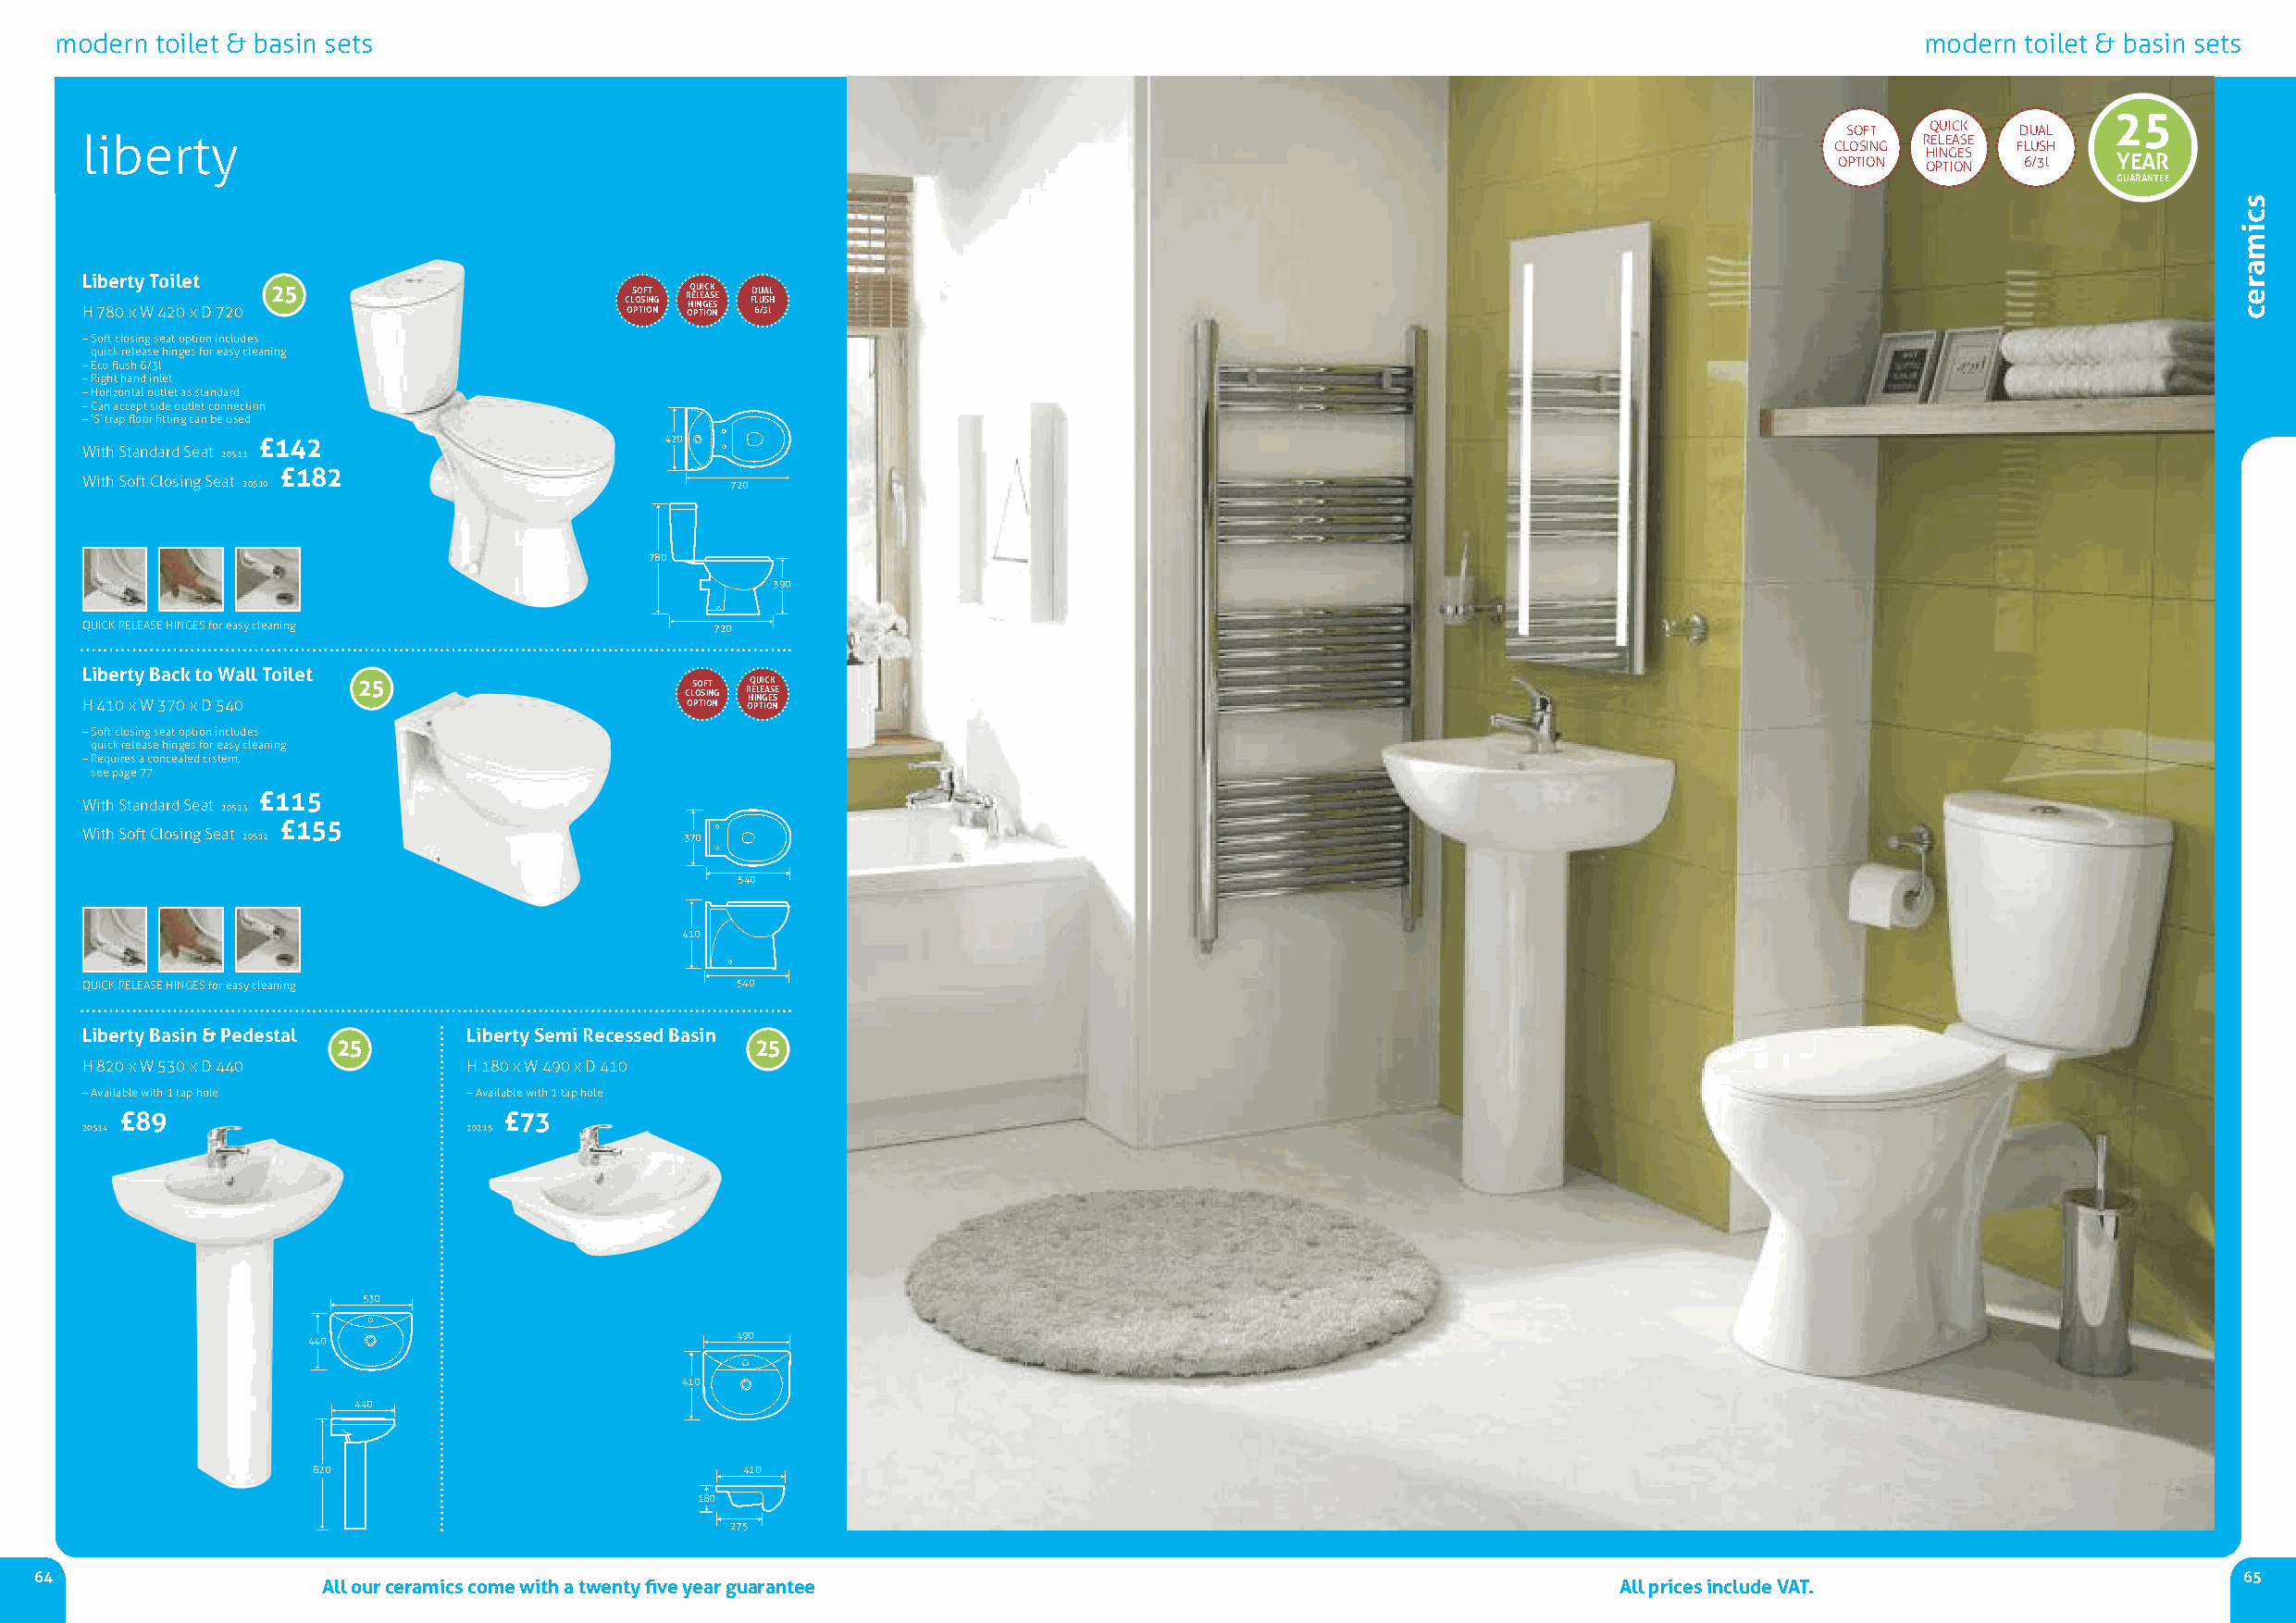
modern toilet & basin sets                                                                                                            modern toilet & basin sets
 25
 SOFT  QUICk DUAl
 liberty                                                                                                                             rElEASE
 ClOSIng      FlUSH
 OPTIOn OHI Pn Tg IOE nS 6/3l YEAR
 GUARANTEE
 Liberty Toilet
 H 780 x W 420 x D 720 25               C OLS POO TS IF I OT N NG R OHQ E PILU N TEI G IC A OEK S NSE FD 6LU U /3A S lL H
 –Soft closing seat option includes
 quick release hinges for easy cleaning
 –Eco flush 6/3l
 –right hand inlet
 –Horizontal outlet as standard
 –Can accept side outlet connection
 –‘S’ trap floor fitting can be used
 £142                          420
 With Standard Seat 20511
 £182
 With Soft Closing Seat 20510                  720
 780
 390
 QUICk rElEASE HIngESfor easy cleaning        720
 Liberty Back to Wall Toilet
 H 410 x W 370 x D 540 25                   C OLS POO TS IF I OT N NG R OHQ E PILU N TEI G IC A OEK S NSE
 –Soft closing seat option includes
 quick release hinges for easy cleaning
 –requires a concealed cistern,
 see page 77
 £115
 With Standard Seat 20513
 £155
 With Soft Closing Seat 20512               370
 540
 410
 QUICk rElEASE HIngESfor easy cleaning          540
 Liberty Basin & Pedestal   Liberty Semi Recessed Basin
 25                            25
 H 820 x W 530 x D 440      H 180 x W 490 x D 410
 –Available with 1 tap hole –Available with 1 tap hole
 £89                        £73
 20514                      20215
 530
 440                            490
 410
 440
 820                            410
 180
 275
 64                                                                                                                                                            65
 All our ceramics come with a twenty five year guarantee                                      All prices include VAT.
 scimarec